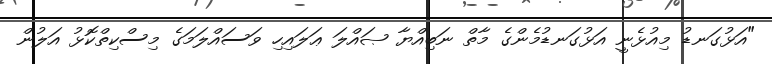
"އަޅުގަނޑު މިއުޅެނީ އަޅުގަނޑުމެންގެ މާތް ނަބިއްޔާ ޞައްލަ ޢަލައިހި ވަސައްލަމަގެ މިސްކިތްކޮޅު އަލުން